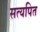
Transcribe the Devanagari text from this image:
सत्यपित